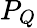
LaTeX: P_{Q}